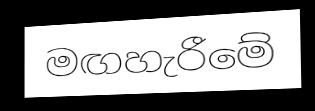
මඟහැරීමේ